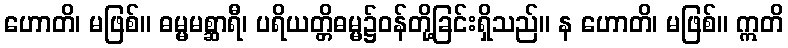
ဟောတိ၊ မဖြစ်။ ဓမ္မမစ္ဆာရီ၊ ပရိယတ္တိဓမ္မ၌ဝန်တို့ခြင်းရှိသည်။ န ဟောတိ၊ မဖြစ်။ ဣတိ